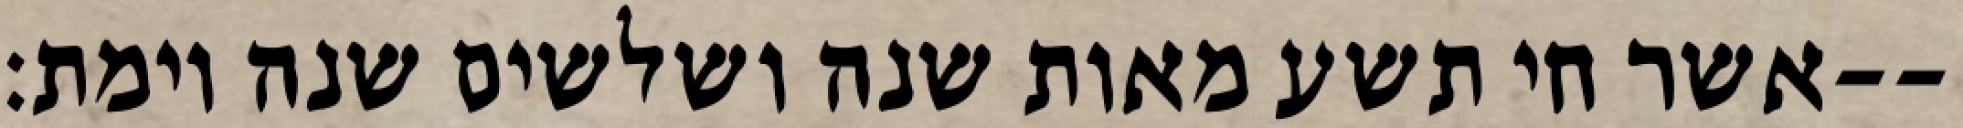
אשר חי תשע מאות שנה ושלשים שנה וימת׃--